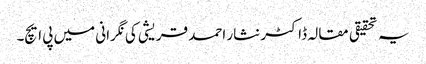
یہ تحقیقی مقالہ ڈاکٹر نثار احمد قریشی کی نگرانی میں پی ایچ۔